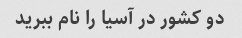
دو کشور در آسیا را نام ببرید